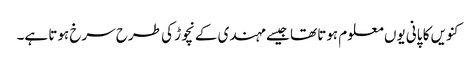
کنویں کا پانی یوں معلوم ہوتا تھا جیسے مہندی کے نچوڑ کی طرح سرخ ہوتا ہے۔